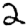
Digit: 2